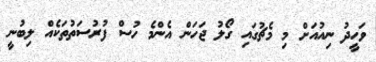
ވަހީދު ނިއުއަށް މި މެޗުގައި ގޯލު ޖަހަން އެންމެ ހުސް ފުރުސަތުތަކެއް ލިބުނީ